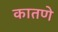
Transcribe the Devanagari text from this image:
कातणे